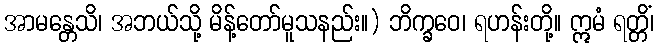
အာမန္တေသိ၊ အဘယ်သို့ မိန့်တော်မူသနည်း။) ဘိက္ခဝေ၊ ရဟန်းတို့။ ဣမံ ရတ္တိံ၊